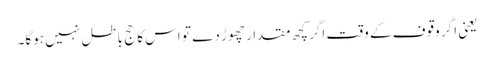
یعنی اگر وقوف کے وقت اگر کچھ مقدار چھوڑ دے تو اس کا حج باطل نہیں ہوگا۔